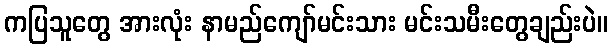
ကပြသူတွေ အားလုံး နာမည်ကျော်မင်းသား မင်းသမီးတွေချည်းပဲ။